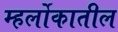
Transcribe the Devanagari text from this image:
म्हर्लोकातील